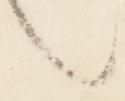
也